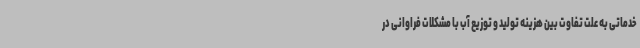
خدماتی به علت تفاوت بین هزینه تولید و توزیع آب با مشکلات فراوانی در